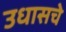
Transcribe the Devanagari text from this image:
उधासचे